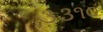
૩૩૧૦